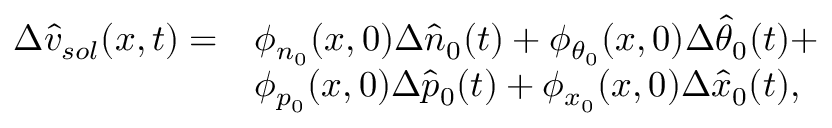
\begin{array} { r l } { \Delta \hat { v } _ { s o l } ( x , t ) = } & { \phi _ { n _ { 0 } } ( x , 0 ) \Delta \hat { n } _ { 0 } ( t ) + \phi _ { \theta _ { 0 } } ( x , 0 ) \Delta \hat { \theta } _ { 0 } ( t ) + } \\ & { \phi _ { p _ { 0 } } ( x , 0 ) \Delta \hat { p } _ { 0 } ( t ) + \phi _ { x _ { 0 } } ( x , 0 ) \Delta \hat { x } _ { 0 } ( t ) , } \end{array}